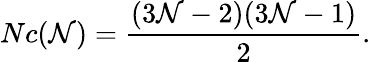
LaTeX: Nc(\mathcal{N})={\frac{{(3\mathcal{N}-2)(3\mathcal{N}-1)}}{{2}}}.